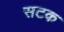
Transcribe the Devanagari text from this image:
सटक